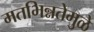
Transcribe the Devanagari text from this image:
मतभिन्नतेमुळे